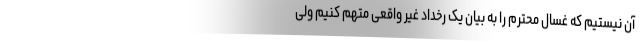
آن نیستیم که غسال محترم را به بیان یک رخداد غیر واقعی متهم کنیم ولی